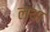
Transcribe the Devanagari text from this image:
लथा